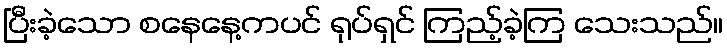
ပြီးခဲ့သော စနေနေ့ကပင် ရုပ်ရှင် ကြည့်ခဲ့ကြ သေးသည်။